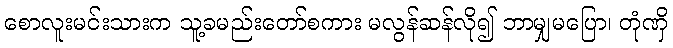
စောလူးမင်းသားက သူ့ခမည်းတော်စကား မလွန်ဆန်လို၍ ဘာမျှမပြော၊ တုံဏှိ